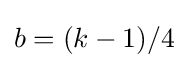
b=(k-1)/4